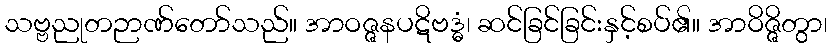
သဗ္ဗညုတဉာဏ်တော်သည်။ အာဝဇ္ဇနပဋိဗဒ္ဓံ၊ ဆင်ခြင်ခြင်းနှင့်စပ်၏။ အာဝိဇ္ဇိတွာ၊